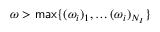
\omega > \mathsf { m a x } \{ ( \omega _ { i } ) _ { 1 } , \hdots ( \omega _ { i } ) _ { N _ { I } } \}